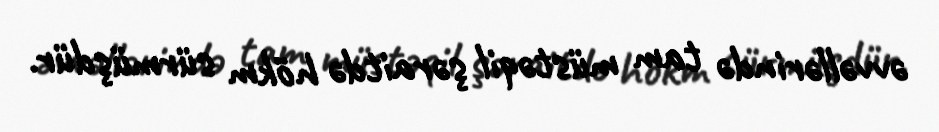
əvvəllərində tam müstəqil şəraitdə hökm sürmüşdür.